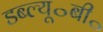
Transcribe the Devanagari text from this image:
डब्ल्यू॰बी॰